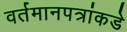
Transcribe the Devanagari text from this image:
वर्तमानपत्रांकडे